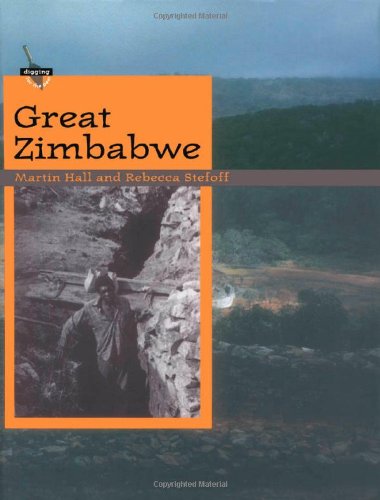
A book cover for Great Zimbabwe (Digging for the Past); Martin Hall; Children's Books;